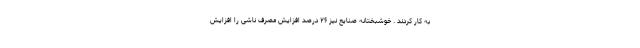
به کار کردند . خوشبختانه صنایع نیز ۲۶ درصد افزایش مصرف ناشی را افزایش